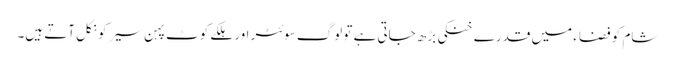
شام کو فضاء میں قدرے خنکی بڑھ جاتی ہے تو لوگ سوئٹر اور ہلکے کوٹ پہن سیر کو نکل آتے ہیں۔